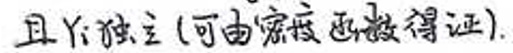
且 $Y_i$ 独立 (可由密度函数得证).